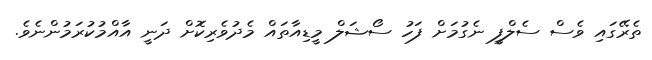
ތެރޭގައި ވެސް ސެލްފީ ނެގުމަށް ފަހު ސޯޝަލް މީޑިއާތައް މެދުވެރިކޮށް ދަނީ އާއްމުކުރަމުންނެވެ.